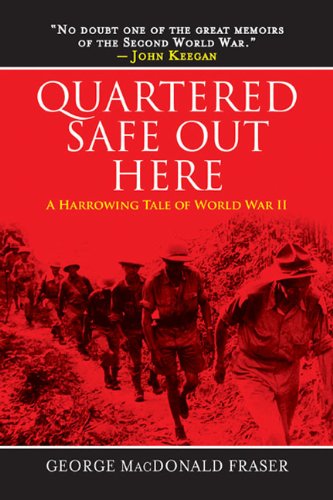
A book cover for Quartered Safe Out Here: A Harrowing Tale of World War II; George MacDonald Fraser; Biographies & Memoirs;